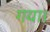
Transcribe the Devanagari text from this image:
गया।